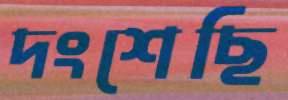
দংশেছি